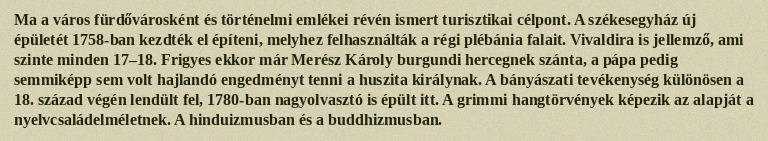
Ma a város fürdővárosként és történelmi emlékei révén ismert turisztikai célpont. A székesegyház új épületét 1758-ban kezdték el építeni, melyhez felhasználták a régi plébánia falait. Vivaldira is jellemző, ami szinte minden 17–18. Frigyes ekkor már Merész Károly burgundi hercegnek szánta, a pápa pedig semmiképp sem volt hajlandó engedményt tenni a huszita királynak. A bányászati tevékenység különösen a 18. század végén lendült fel, 1780-ban nagyolvasztó is épült itt. A grimmi hangtörvények képezik az alapját a nyelvcsaládelméletnek. A hinduizmusban és a buddhizmusban.